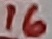
Text: 16